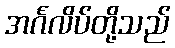
အင်္ဂလိပ်တို့သည်